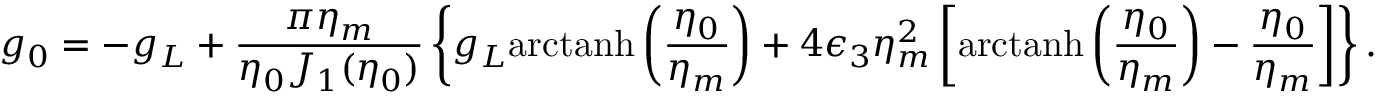
g _ { 0 } = - g _ { L } + \frac { \pi \eta _ { m } } { \eta _ { 0 } J _ { 1 } ( \eta _ { 0 } ) } \left\{ g _ { L } \mathrm { a r c t a n h } \left( \frac { \eta _ { 0 } } { \eta _ { m } } \right) + 4 \epsilon _ { 3 } \eta _ { m } ^ { 2 } \left[ \mathrm { a r c t a n h } \left( \frac { \eta _ { 0 } } { \eta _ { m } } \right) - \frac { \eta _ { 0 } } { \eta _ { m } } \right] \right\} .